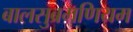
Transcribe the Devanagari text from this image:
बालसुब्रमणियम